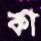
কা